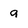
Character: q